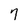
Character: 7